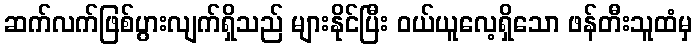
ဆက်လက်ဖြစ်ပွားလျက်ရှိသည် များနိုင်ပြီး ဝယ်ယူလေ့ရှိသော ဖန်တီးသူထံမှ